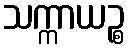
သက္ကာယဉ္စ